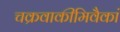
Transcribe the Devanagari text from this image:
चक्रवाकीमिवैकां